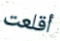
أقلعت